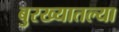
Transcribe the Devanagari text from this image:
बुरख्यातल्या